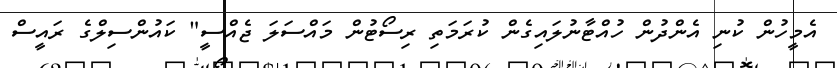
އެމީހުން ކުނި އެންދުން ހުއްޓާނުލައިގެން ކުރަމަތި ރިސޯޓުން މައްސަލަ ޖެއްސީ" ކައުންސިލްގެ ރައީސް